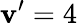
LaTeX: \mathbf{v}’=4